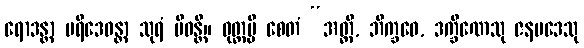
ရောဒန္တာ ပရိဒေဝန္တာ သုရံ ပိဝန္တိ။ ဝုတ္တမ္ပိ စေတံ “အတ္ထိ, ဘိက္ခဝေ, ဒက္ခိဏေသု ဇနပဒေသု